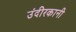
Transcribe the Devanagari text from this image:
उंदीरकानी